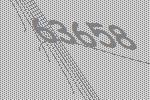
63658